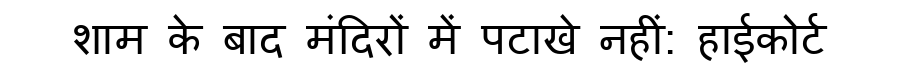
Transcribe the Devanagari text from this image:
शाम के बाद मंदिरों में पटाखे नहीं: हाईकोर्ट